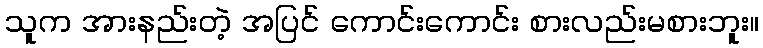
သူက အားနည်းတဲ့ အပြင် ကောင်းကောင်း စားလည်းမစားဘူး။